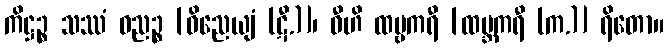
ကိဋ္ဌဉ္စ သဿံ ဓညဉ္စ [ဝိညေယျံ (ဋီ.)]၊ ဝီဟိ ထမ္ဗကရီ [ထမ္ဘကရီ (က.)] ရိတော။